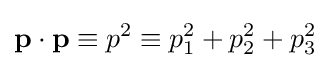
\mathbf {p} \cdot \mathbf {p} \equiv p^{2}\equiv p_{1}^{2}+p_{2}^{2}+p_{3}^{2}\,\!